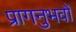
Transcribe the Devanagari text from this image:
प्रागनुभवों